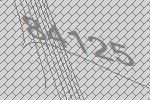
84125